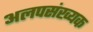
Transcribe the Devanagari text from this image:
अलपसंख्यक